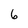
Character: 6